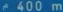
400 m